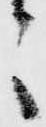
々